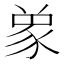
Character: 𮙞